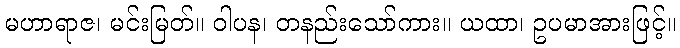
မဟာရာဇ၊ မင်းမြတ်။ ဝါပန၊ တနည်းသော်ကား။ ယထာ၊ ဥပမာအားဖြင့်။